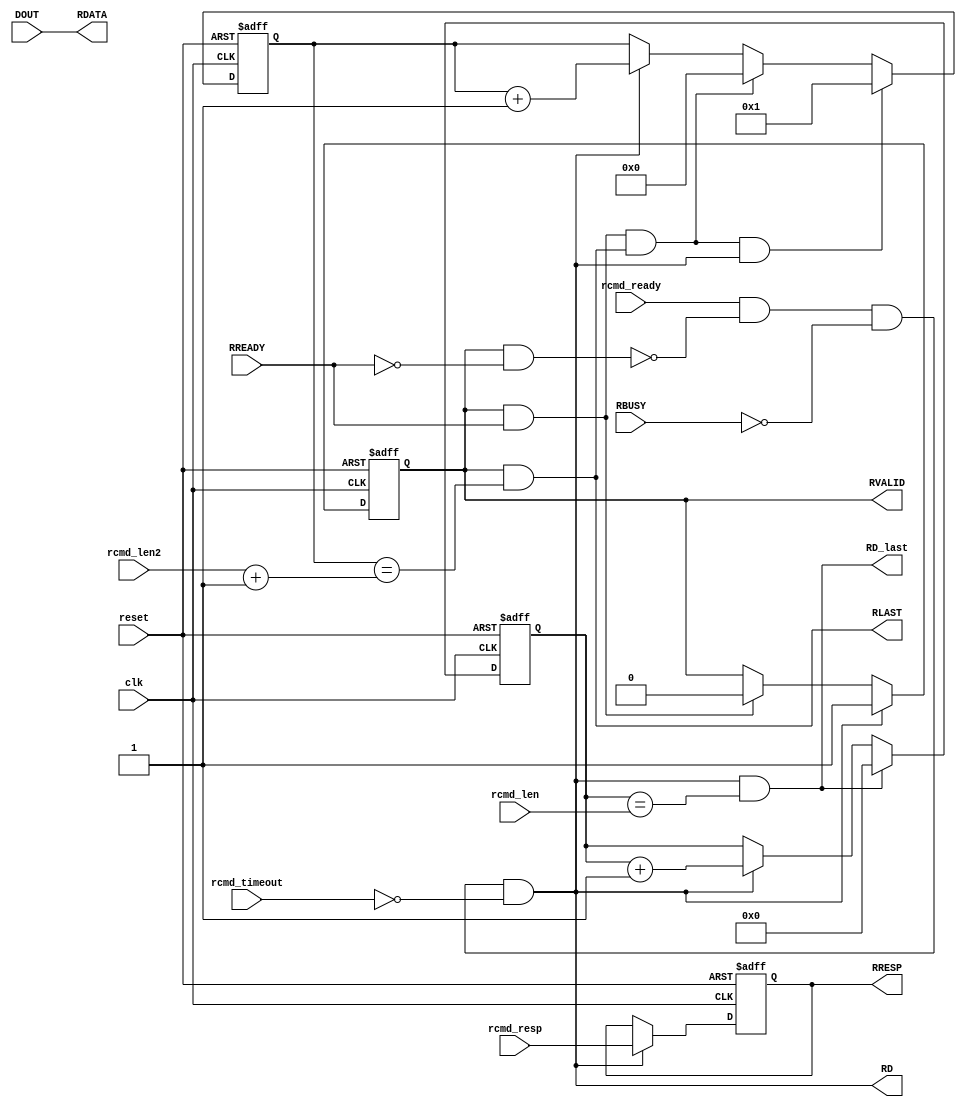
//------------------------------------------------------------------
//-- File generated by RobustVerilog parser
//-- RobustVerilog version 1.2 (limited free version)
//-- Invoked Sun Mar 24 15:39:38 2019
//-- Source file: axi_slave_rd_buff.v
//-- Parent file: axi_slave_ram.v
//-- Run directory: E:/vlsi/axi_slave/run/
//-- Target directory: out/
//-- Command flags: ../src/base/axi_slave.v -od out -I ../src/gen -list list.txt -listpath -header -gui 
//-- www.provartec.com/edatools ... info@provartec.com
//------------------------------------------------------------------






module axi_slave_rd_buff(clk,reset,RD,DOUT,rcmd_len,rcmd_len2,rcmd_resp,rcmd_timeout,rcmd_ready,RVALID,RREADY,RLAST,RDATA,RRESP,RD_last,RBUSY);

   input               clk;
   input               reset;

   output               RD;
   input [64-1:0]      DOUT;
   
   input [4-1:0]       rcmd_len;
   input [4-1:0]       rcmd_len2;
   input [1:0]               rcmd_resp;
   input               rcmd_timeout;
   input               rcmd_ready;

   output               RVALID;
   input               RREADY;
   output               RLAST;
   output [64-1:0]     RDATA;
   output [1:0]           RRESP;
   output               RD_last;

   input               RBUSY;
   
   

   reg [4:0]           valid_counter;
   reg [4-1:0]           rd_counter;
   wire               cmd_pending;
   reg                   RVALID;
   reg [1:0]               RRESP;
   wire               last_rd;
   
   
   assign               cmd_pending = RVALID & (~RREADY);
   
   assign               RDATA   = DOUT;

   
   assign               RD      = rcmd_ready & (~cmd_pending) & (~RBUSY) & (~rcmd_timeout);

   assign               RD_last = RD & (rd_counter == rcmd_len);
   
   assign               RLAST   = RVALID & (valid_counter == rcmd_len2 + 1'b1);


   
   always @(posedge clk or posedge reset)
     if (reset)
       RRESP <= #1 2'b00;
     else if (RD)
       RRESP <= #1 rcmd_resp;
   
   always @(posedge clk or posedge reset)
     if (reset)
       RVALID <= #1 1'b0;
     else if (RD)
       RVALID <= #1 1'b1;
     else if (RVALID & RREADY)
       RVALID <= #1 1'b0;
   
   
   always @(posedge clk or posedge reset)
     if (reset)
       valid_counter <= #1 {4+1{1'b0}};
     else if (RVALID & RREADY & RLAST & RD)
       valid_counter <= #1 'd1;
     else if (RVALID & RREADY & RLAST)
       valid_counter <= #1 {4+1{1'b0}};
     else if (RD)
       valid_counter <= #1 valid_counter + 1'b1;

   always @(posedge clk or posedge reset)
     if (reset)
       rd_counter <= #1 {4{1'b0}};
     else if (RD_last)
       rd_counter <= #1 {4{1'b0}};
     else if (RD)
       rd_counter <= #1 rd_counter + 1'b1;

   
endmodule